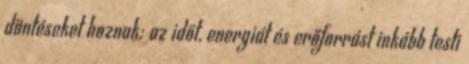
döntéseket hoznak: az időt, energiát és erőforrást inkább testi